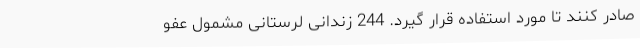
صادر کنند تا مورد استفاده قرار گیرد. 244 زندانی لرستانی مشمول عفو